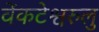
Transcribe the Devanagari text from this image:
वेंकटेश्वरुलु